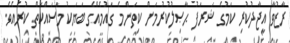
ރާޒުވާ އީޖާދުކުރި ކަމުގެ ޝަރަފު ޙާޞިލުކުރުމަށް ކިތަންމެ ގައުމެއްގެ ބަޔަކު މަސައްކަތް ކުރެއެވެ.